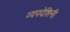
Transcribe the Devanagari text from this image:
व्यपदेशिनी